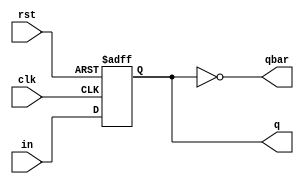
module d_ff(
    input in,
    input clk,
    input rst,
    output reg q,
    output qbar
    ); 
	assign qbar=~q;
	always@(posedge clk, posedge rst)
	begin
		if(rst)
			q<= 0;
		else 
			q <=in;
		end
endmodule

module freq_by2(
    input clk,reset,
	 output q,qn
	 );

	wire t;
	d_ff d1(t,clk,reset,q,qn);
	assign t = qn;
	
endmodule